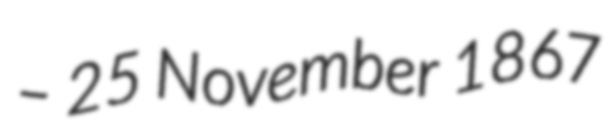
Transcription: – 25 November 1867